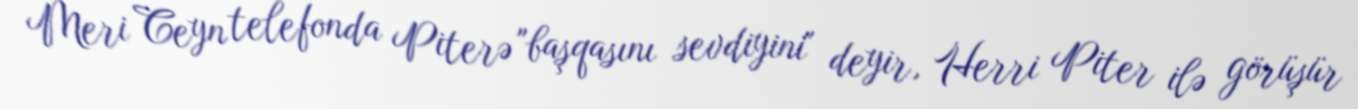
Meri Ceyn telefonda Piterə "başqasını sevdiyini" deyir, Herri Piter ilə görüşür